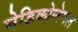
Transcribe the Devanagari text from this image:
मेडिकोलेगल